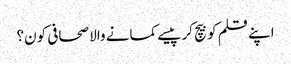
اپنے قلم کو بیچ کر پیسے کمانے والا صحافی کون؟